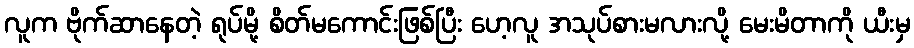
လူက ဗိုက်ဆာနေတဲ့ ရုပ်မို့ စိတ်မကောင်းဖြစ်ပြီး ဟေ့လူ အသုပ်စားမလားလို့ မေးမိတာကို ယီးမှ